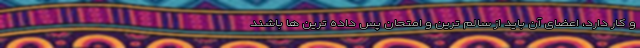
و کار دارد، اعضای آن باید از سالم ترین و امتحان پس داده ترین ها باشند